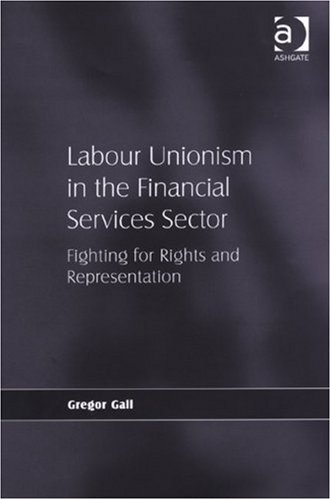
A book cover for Labour Unionism in the Financial Services Sector; Gregor Gall; Business & Money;